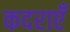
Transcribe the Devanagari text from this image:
कदराएँ